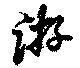
游